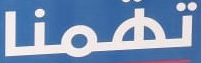
تهمنا